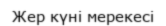
Жер күні мерекесі